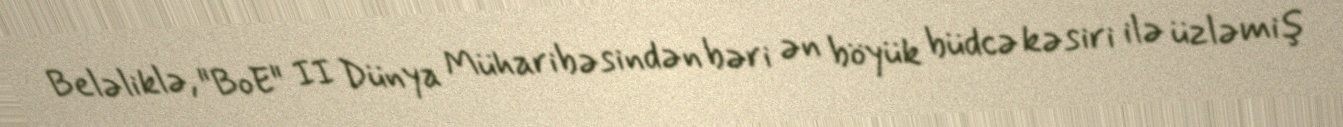
Beləliklə, "BoE" II Dünya Müharibəsindən bəri ən böyük büdcə kəsiri ilə üzləmiş